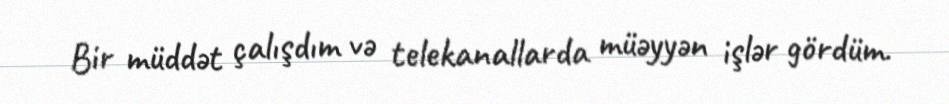
Bir müddət çalışdım və telekanallarda müəyyən işlər gördüm.